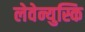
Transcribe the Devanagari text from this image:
लेवेन्युस्कि